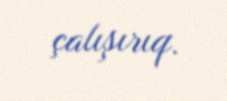
çalışırıq.